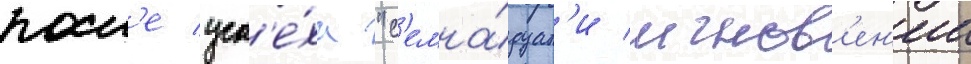
посл'е усп'е́ха "с'емна́дцат'и мгнов'ен'ии